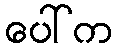
ပေါ်က